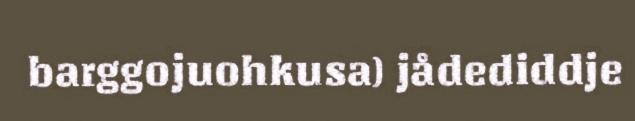
barggojuohkusa) jådediddje